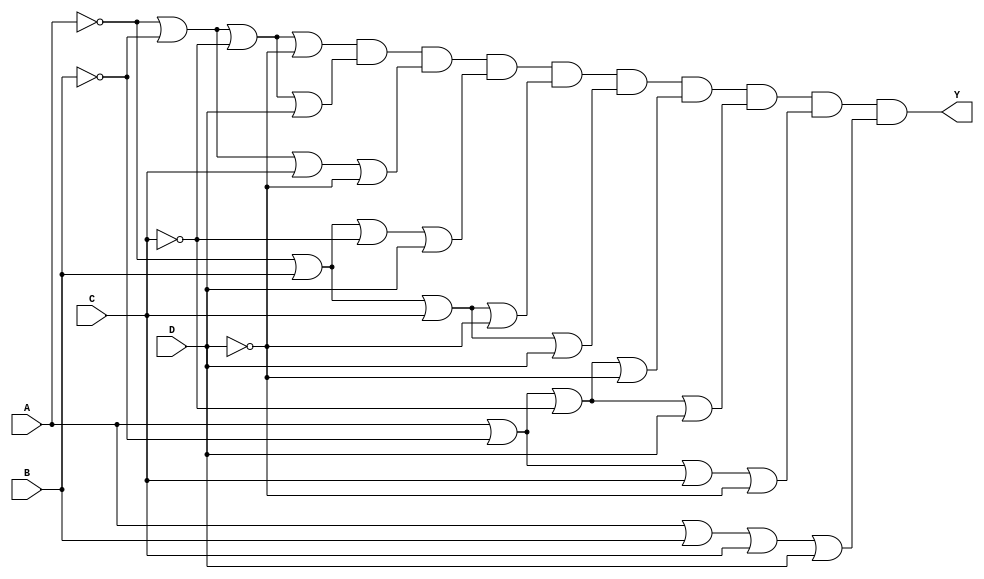
module pos_simplification (
    input wire A,
    input wire B,
    input wire C,
    input wire D,
    output wire Y
);

// Define the sum terms based on the minterms
// For example, let's assume the function has minterms for (0, 1, 2, 5, 6, 7, 8, 9, 10, 14)
// These minterms will correspond to the sum terms as follows:
// Minterm 0: A' + B' + C' + D'
// Minterm 1: A' + B' + C' + D
// Minterm 2: A' + B' + C + D'
// Minterm 5: A' + B + C' + D
// Minterm 6: A' + B + C + D'
// Minterm 7: A' + B + C + D
// Minterm 8: A + B' + C' + D'
// Minterm 9: A + B' + C' + D
// Minterm 10: A + B' + C + D'
// Minterm 14: A + B + C + D'

// OR gate outputs for each sum term
wire sum_term_0 = (~A) | (~B) | (~C) | (~D);
wire sum_term_1 = (~A) | (~B) | (~C) | D;
wire sum_term_2 = (~A) | (~B) | C | (~D);
wire sum_term_3 = (~A) | B | (~C) | D;
wire sum_term_4 = (~A) | B | C | (~D);
wire sum_term_5 = (~A) | B | C | D;
wire sum_term_6 = A | (~B) | (~C) | (~D);
wire sum_term_7 = A | (~B) | (~C) | D;
wire sum_term_8 = A | (~B) | C | (~D);
wire sum_term_9 = A | B | C | D;

// Final output Y is the AND of all sum terms
assign Y = sum_term_0 & sum_term_1 & sum_term_2 & sum_term_3 &
           sum_term_4 & sum_term_5 & sum_term_6 & sum_term_7 &
           sum_term_8 & sum_term_9;

endmodule